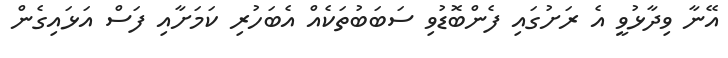
އޭނާ ވިދާޅުވީ އެ ރަށުގައި ފެންބޮޑުވި ސަބަބުތަކެއް އެބަހުރި ކަމަށާއި ފަސް އަޅައިގެން